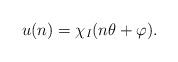
LaTeX: \begin{align*} u(n)=\chi_I(n\theta + \varphi).\end{align*}